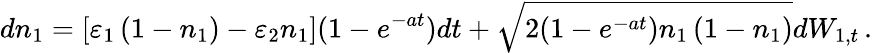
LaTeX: dn_{1}=\left[\varepsilon_{1}\left(1-n_{1}\right)-\varepsilon_{2}n_{1}\right](1-e^{-at})dt+\sqrt{2(1-e^{-at})n_{1}\left(1-n_{1}\right)}dW_{1,t}\, .